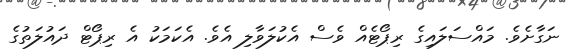
ނަގާށެވެ. މައްސަލައިގެ ރިޕޯޓެއް ވެސް އެކުލަވާލި އެވެ. އެކަމަކު އެ ރިޕޯޓް ދައުލަތުގެ